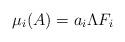
LaTeX: \begin{align*}\mu_i (A)= a_i \Lambda F_i\end{align*}